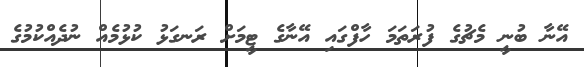
އޭނާ ބުނީ މެޗުގެ ފުރަތަމަ ހާފްގައި އޭނާގެ ޓީމަށް ރަނގަޅު ކުޅުމެއް ނުދެއްކުމުގެ